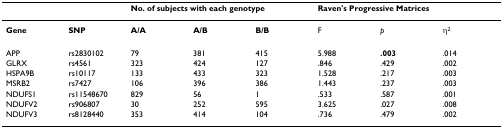
|  |  | <COLSPAN=3> No. of subjects with each genotype | <COLSPAN=3> Raven's Progressive Matrices |
 | --- | --- | --- | --- | --- | --- | --- | --- |
 | Gene | SNP | A/A | A/B | B/B | F | p | η2 |
 | APP | rs2830102 | 79 | 381 | 415 | 5.988 | .003 | .014 |
 | GLRX | rs4561 | 323 | 424 | 127 | .846 | .429 | .002 |
 | HSPA9B | rs10117 | 133 | 433 | 323 | 1.528 | .217 | .003 |
 | MSRB2 | rs7427 | 106 | 396 | 386 | 1.443 | .237 | .003 |
 | NDUFS1 | rs11548670 | 829 | 56 | 1 | .533 | .587 | .001 |
 | NDUFV2 | rs906807 | 30 | 252 | 595 | 3.625 | .027 | .008 |
 | NDUFV3 | rs8128440 | 353 | 414 | 104 | .736 | .479 | .002 |